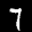
Label: 7